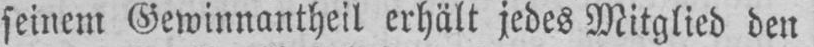
seinem Gewinnantheil erhält jedes Mitglied den